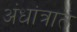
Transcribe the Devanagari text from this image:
अंधांत्रात